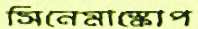
সিনেমাস্কোপ